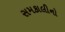
સમકાલીનો